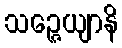
သဉ္ဇေယျာနိ